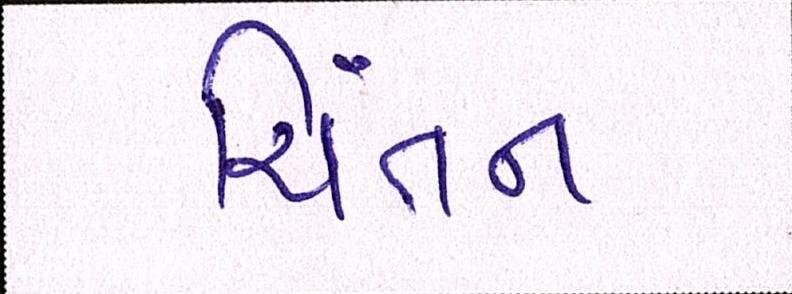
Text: ચિંતન